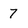
Character: 7